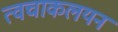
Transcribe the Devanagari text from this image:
त्वचाकलयन